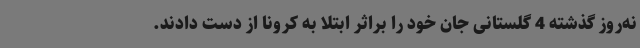
نه‌روز گذشته 4 گلستانی جان خود را براثر ابتلا به کرونا از دست دادند.